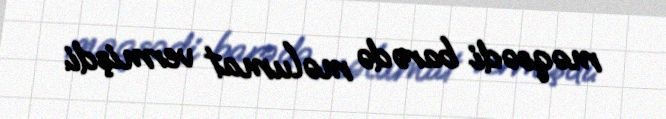
məqsədi barədə məlumat vermişdi.